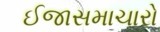
ઈજાસમાચારો